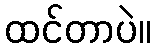
ထင်တာပဲ။